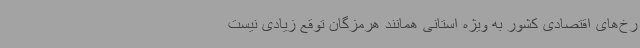
رخ‌های اقتصادی کشور به ویژه استانی همانند هرمزگان توقع زیادی نیست